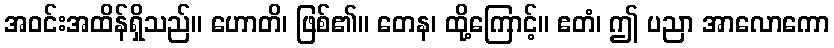
အဝင်းအထိန်ရှိသည်။ ဟောတိ၊ ဖြစ်၏။ တေန၊ ထို့ကြောင့်။ ဧတံ၊ ဤ ပညာ အာလောကော